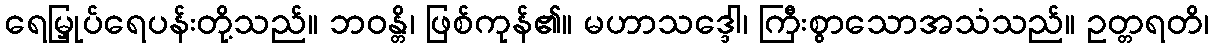
ရေမြှုပ်ရေပန်းတို့သည်။ ဘဝန္တိ၊ ဖြစ်ကုန်၏။ မဟာသဒ္ဒေါ၊ ကြီးစွာသောအသံသည်။ ဥတ္တရတိ၊